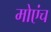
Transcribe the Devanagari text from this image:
मोएंच